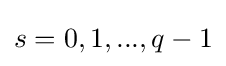
s=0,1,...,q-1